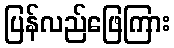
ပြန်လည်ဖြေကြား